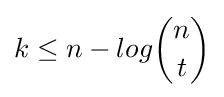
k\leq n-log{n \choose {t}}